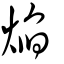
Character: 焰